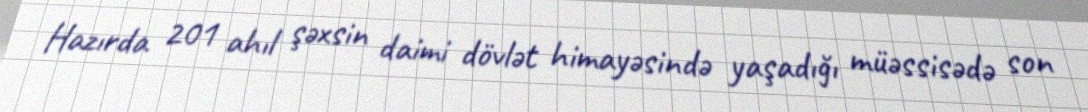
Hazırda 201 ahıl şəxsin daimi dövlət himayəsində yaşadığı müəssisədə son